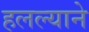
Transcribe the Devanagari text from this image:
हलल्याने